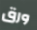
ورق